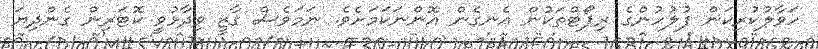
ހަވާލުކުރިކަން ފުލުހުންގެ ރިޕޯޓްތަކުން އެނގެން އޮންނަކަމަށެވެ. ނަމަވެސް ޤާޒީ ވިދާޅުވީ ކޮޓަރިން ގެންދިޔަ